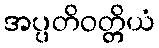
အပ္ပတိဝတ္တိယံ